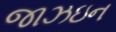
જાઝઇન